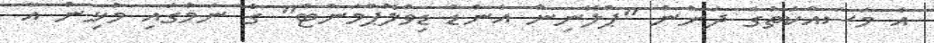
އެ މަސައްކަތުގެ ދަށުން "ޕްލޭނިން އެންޑް ޑިވްލޮޕްމަންޓް" ގެ ނަމުގައި މުޅިން އާ